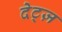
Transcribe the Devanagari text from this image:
देट्ज़